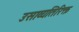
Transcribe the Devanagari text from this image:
उसाव्यतिरिक्त